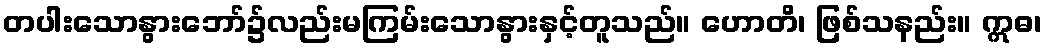
တပါးသောနွားဘော်၌လည်းမကြမ်းသောနွားနှင့်တူသည်။ ဟောတိ၊ ဖြစ်သနည်း။ ဣဓ၊